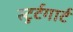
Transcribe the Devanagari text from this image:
स्टुर्टगार्ट